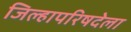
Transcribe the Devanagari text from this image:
जिल्हापरिषदेला